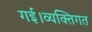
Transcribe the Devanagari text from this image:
गई।व्यक्तिगत